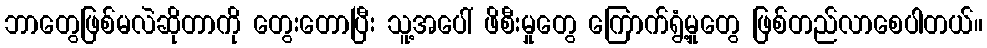
ဘာတွေဖြစ်မလဲဆိုတာကို တွေးတောပြီး သူ့အပေါ် ဖိစီးမှုတွေ ကြောက်ရွံ့မှုတွေ ဖြစ်တည်လာစေပါတယ်။